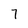
Character: 7